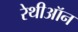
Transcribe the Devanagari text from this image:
रेथीऑन